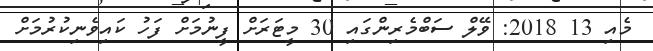
މެއި 13 2018: ވޭލް ސަބްމެރިންގައި 30 މީޓަރަށް ފީނުމަށް ފަހު ކައިވެނިކުރުމަށް